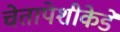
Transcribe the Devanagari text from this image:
चेतापेशीकेडे